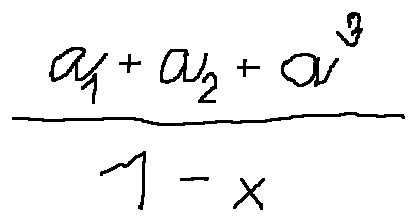
\frac { a _ { 1 } + a _ { 2 } + a ^ { 3 } } { 1 - x }